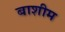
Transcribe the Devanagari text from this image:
बाशीम